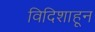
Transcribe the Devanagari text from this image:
विदिशाहून